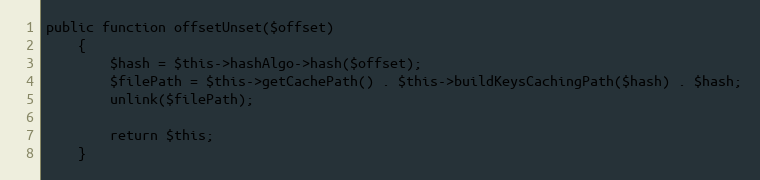
Language: PHP
public function offsetUnset($offset)
    {
        $hash = $this->hashAlgo->hash($offset);
        $filePath = $this->getCachePath() . $this->buildKeysCachingPath($hash) . $hash;
        unlink($filePath);

        return $this;
    }